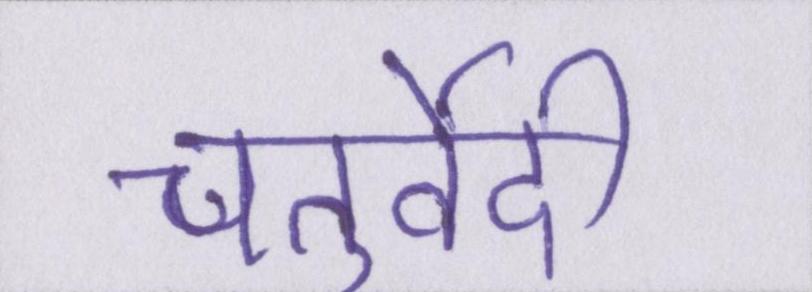
चतुर्वेदी